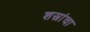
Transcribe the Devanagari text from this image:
शस्रांचा